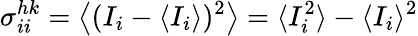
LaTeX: \sigma_{ii}^{hk}=\big\langle(I_{i}-\langle I_{i}\rangle)^{2}\big\rangle=\langle I_{i}^{2}\rangle-\langle I_{i}\rangle^{2}